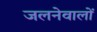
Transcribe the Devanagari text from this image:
जलनेवालों